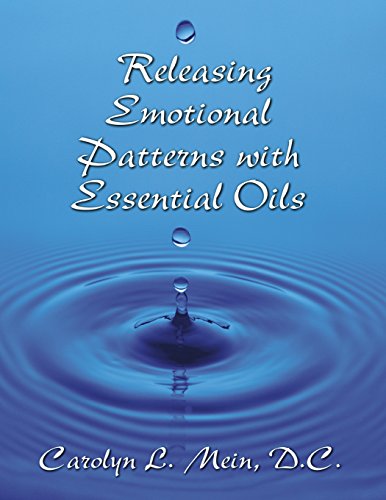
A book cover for Releasing Emotional Patterns with Essential Oils; Carolyn L Mein D.C.; Health, Fitness & Dieting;